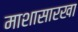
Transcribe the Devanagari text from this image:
माशासारखा